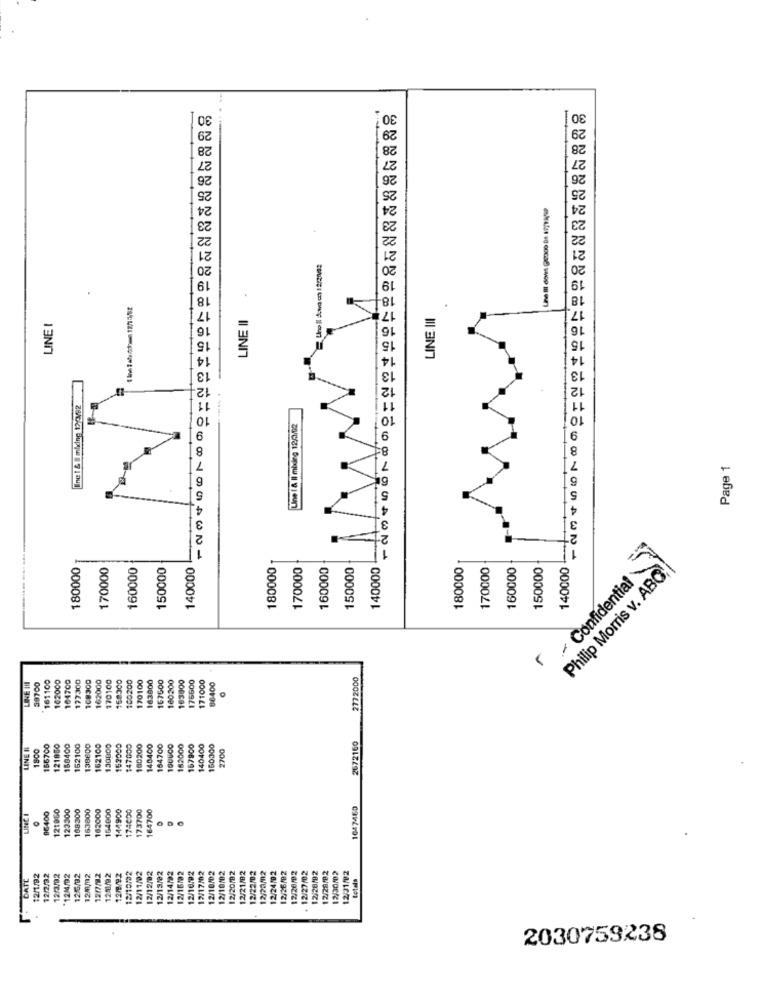
+00000000 ======= 85884885888
LINE II
LINE III
LINE I
13
Ine 1 & # mixing 122/92
Une i & Il mbling 12/03/02
9
9
8
8
7
7
Page 1
6
6
5
5
4.
3
2
Confidential
180000
170000
160000
150000
140000
180000
170000
160000
150000
140000
180000
170000
160000
150000
140000
Philip Morris v. ABO;
161100
102000
104700
177300
108300
162000
170100
167500
160200
171000
2772000
38700
168300
100200
170100
163800
163800
176600
86400
2672160
LINE II
1800
166700
121850
158400
162100
138600
162100
130800
152000
147000
180200
140400
164700
150000
182000
157900
140400
160300
2700
121960
123300
168300
163800
162000
164000
144900
174600
173700
164700
1647460
LINE I
86400
ODC
DATE
12/1/92
12/2/32
12/3/92
*12/4/92
12/6/92
12M/2
12/7/2
1201/92
12/8/92
12/10/02
12/11/02
12/12/82
12/13/02
12/14/02
12/16/02
12/16/92
12/17/02
12/18/02
12/10/02
12/20/82
12/21/82
12/22/92
12/20M2
12/24/02
12/26/02
12/26/02
12/27/02
12/28/92
12/28/92
12/30/02
1201/2
totals
2030759238